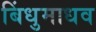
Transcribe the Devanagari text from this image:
बिंधुमाधव